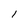
Character: l